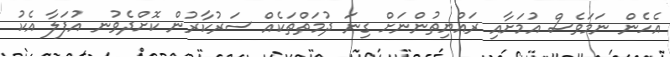
އެހެން ނަމަވެސް އުމަށާއި ރައްޔިތުންނަށް ގިނަ ދުމަތްތަކެއް ސަރުކާރުން ކޮށްދެވުނ އުފަލާ އެކު